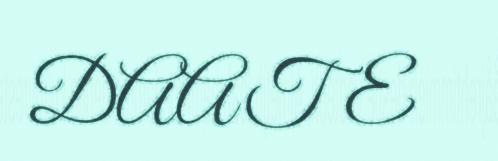
DAATE